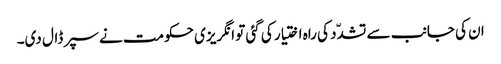
ان کی جانب سے تشدّد کی راہ اختیار کی گئی تو انگریزی حکومت نے سپر ڈال دی۔